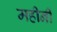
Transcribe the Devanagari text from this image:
महीनी